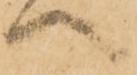
へ